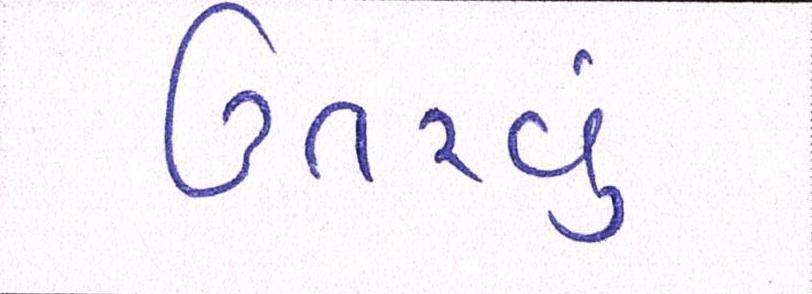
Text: ઉતરવું